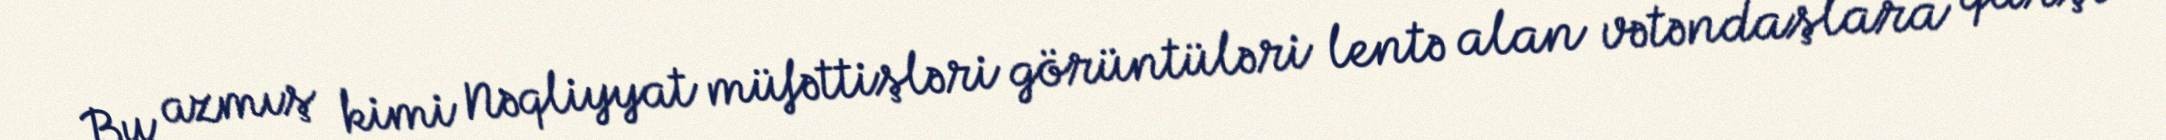
Bu azmış kimi Nəqliyyat müfəttişləri görüntüləri lentə alan vətəndaşlara qarşı